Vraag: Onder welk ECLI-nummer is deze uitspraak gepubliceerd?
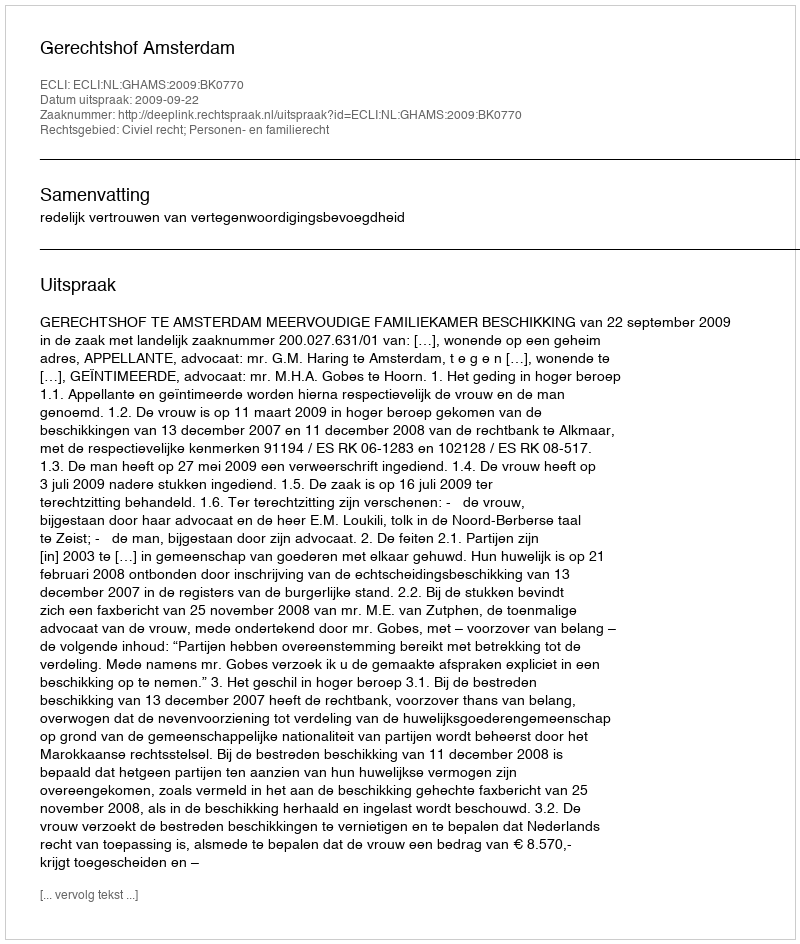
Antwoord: ECLI:NL:GHAMS:2009:BK0770